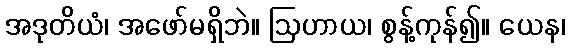
အဒုတိယံ၊ အဖော်မရှိဘဲ။ ဩဟာယ၊ စွန့်ကုန်၍။ ယေန၊